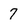
Character: 7